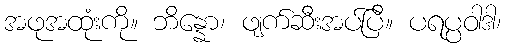
အဖုအထုံးကို။ ဘိန္နော၊ ဖျက်ဆီးအပ်ပြီ။ ပရပ္ပဝါဒါ၊